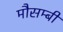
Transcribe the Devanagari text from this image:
मौसम्बी